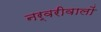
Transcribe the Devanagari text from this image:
नर्वरीवालों